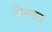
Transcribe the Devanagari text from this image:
जिनमाता